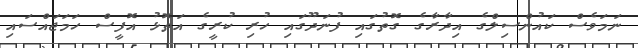
ނަމަވެސް ކައުންސިލްގެ އިދާރާގެ ގޮތުގައި ފުނަދޫގައި ހުރި ކުރީގެ އަތޮޅު އޮފީސް ހަމަޖައްސައި